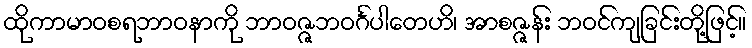
ထိုကာမာဝစရဘာဝနာကို ဘာဝဇ္ဇဘဝင်္ဂပါတေဟိ၊ အာစဇ္ဇန်း ဘဝင်ကျခြင်းတို့ဖြင့်။